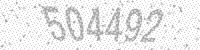
Solution: 504492